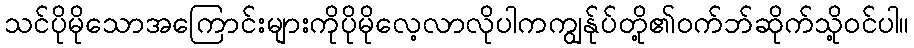
သင်ပိုမိုသောအကြောင်းများကိုပိုမိုလေ့လာလိုပါကကျွန်ုပ်တို့၏ဝက်ဘ်ဆိုက်သို့ဝင်ပါ။